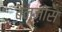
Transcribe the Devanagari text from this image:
बेन्ज़ोस